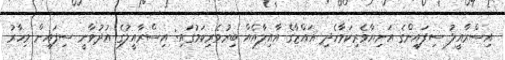
އިސްރާއީލު ސިފައިންގެ އަނިޔާވެރިކަމާހެދި ޣައްޒާގެ އާއިލާއެއް ބިރުވެރިކަމުގައި: އިސްރާއީލުގެ އުދުވާނީ ސިފައިން މިހާރު